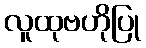
လူထုဗဟိုပြု